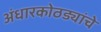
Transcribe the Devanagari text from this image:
अंधारकोठड्यांचे